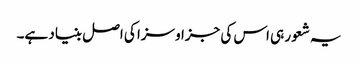
یہ شعور ہی اس کی جزا و سزا کی اصل بنیاد ہے۔